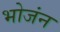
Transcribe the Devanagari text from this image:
भोजंन